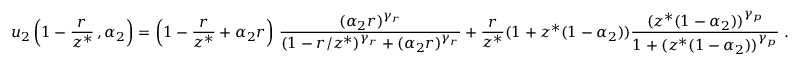
u _ { 2 } \left( 1 - \frac { r } { z ^ { * } } \, , \alpha _ { 2 } \right) = \left( 1 - \frac { r } { z ^ { * } } + \alpha _ { 2 } r \right) \, \frac { ( \alpha _ { 2 } r ) ^ { \gamma _ { r } } } { ( 1 - r / z ^ { * } ) ^ { \gamma _ { r } } + ( \alpha _ { 2 } r ) ^ { \gamma _ { r } } } + \frac { r } { z ^ { * } } ( 1 + z ^ { * } ( 1 - \alpha _ { 2 } ) ) \frac { ( z ^ { * } ( 1 - \alpha _ { 2 } ) ) ^ { \gamma _ { p } } } { 1 + ( z ^ { * } ( 1 - \alpha _ { 2 } ) ) ^ { \gamma _ { p } } } \; .